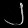
Digit: ၂